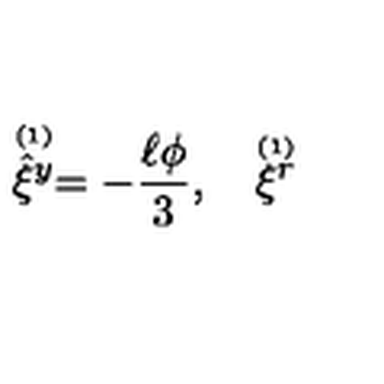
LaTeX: \stackrel { \scriptscriptstyle ( 1 ) } { \hat { \xi } ^ { y } } = - { \frac { \ell \phi } { 3 } } , \quad \stackrel { \scriptscriptstyle ( 1 ) } { \xi ^ { r } }